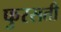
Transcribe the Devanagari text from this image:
फुरसती